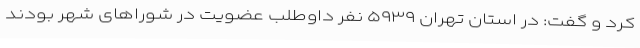
کرد و گفت: در استان تهران ۵۹۳۹ نفر داوطلب عضویت در شوراهای شهر بودند